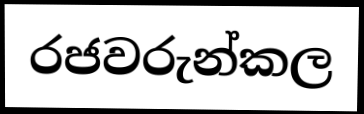
රජවරුන්කල